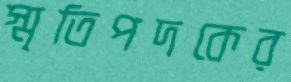
স্মৃতিপদকের